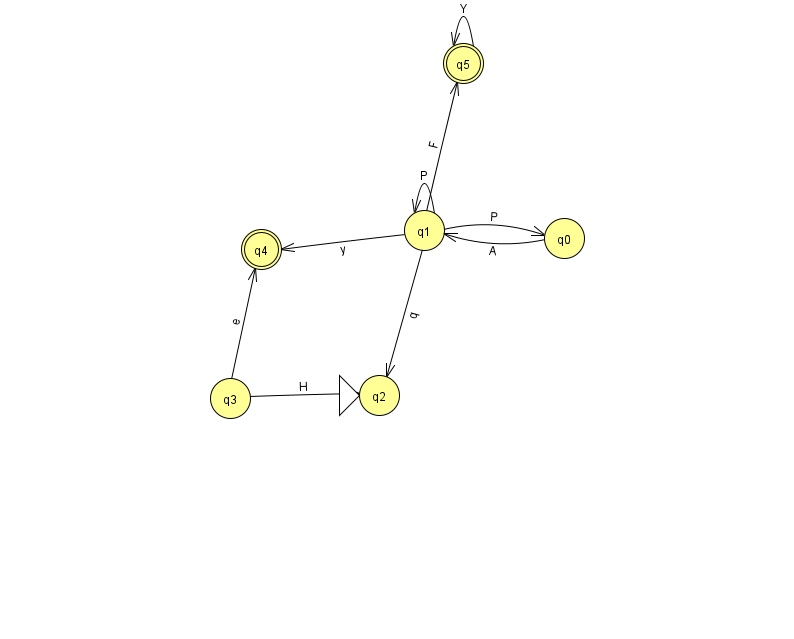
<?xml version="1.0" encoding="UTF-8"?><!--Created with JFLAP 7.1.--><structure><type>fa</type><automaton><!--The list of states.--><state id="0" name="q0"><x>564.0</x><y>225.0</y></state><state id="1" name="q1"><x>424.0</x><y>217.0</y></state><state id="2" name="q2"><x>379.0</x><y>382.0</y><initial/></state><state id="3" name="q3"><x>230.0</x><y>385.0</y></state><state id="4" name="q4"><x>261.0</x><y>236.0</y><final/></state><state id="5" name="q5"><x>463.0</x><y>50.0</y><final/></state><!--The list of transitions.--><transition><from>1</from><to>1</to><read>P</read></transition><transition><from>1</from><to>2</to><read>q</read></transition><transition><from>1</from><to>4</to><read>y</read></transition><transition><from>1</from><to>0</to><read>P</read></transition><transition><from>0</from><to>1</to><read>A</read></transition><transition><from>1</from><to>5</to><read>F</read></transition><transition><from>5</from><to>5</to><read>Y</read></transition><transition><from>3</from><to>4</to><read>e</read></transition><transition><from>3</from><to>2</to><read>H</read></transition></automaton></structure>